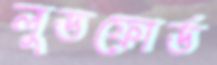
লুডফোর্ড